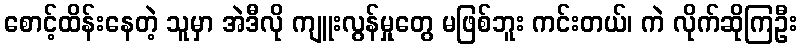
စောင့်ထိန်းနေတဲ့ သူမှာ အဲဒီလို ကျူးလွန်မှုတွေ မဖြစ်ဘူး ကင်းတယ်၊ ကဲ လိုက်ဆိုကြဦး